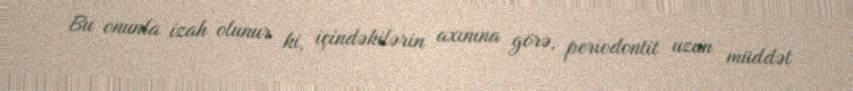
Bu onunla izah olunur ki, içindəkilərin axınına görə, periodontit uzun müddət